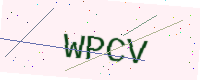
Text: WPCV